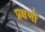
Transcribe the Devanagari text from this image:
प्रक्षणों